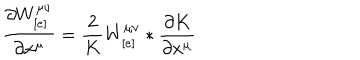
\frac { \partial W _ { [ e ] } ^ { \mu \nu } } { \partial x ^ { \mu } } = \frac { 2 } { K } W _ { [ e ] } ^ { \mu \nu } * \frac { \partial K } { \partial x ^ { \mu } }